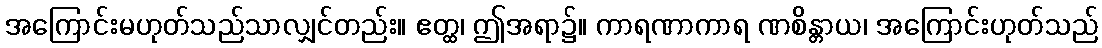
အကြောင်းမဟုတ်သည်သာလျှင်တည်း။ ဧတ္ထ၊ ဤအရာ၌။ ကာရဏာကာရ ဏစိန္တာယ၊ အကြောင်းဟုတ်သည်